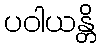
ပဝါယန္တိ